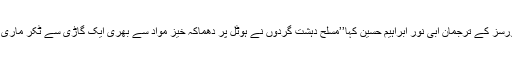
صوبہ جبل کے سیکورٹی فورسز کے ترجمان ابی نور ابراہیم حسین کہا’’مسلح دہشت گردوں نے ہوٹل پر دھماکہ خیز مواد سے بھری ایک گاڑی سے ٹکر ماری اور اس میں دھماکہ کردیا‘‘۔